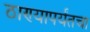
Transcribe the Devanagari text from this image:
ठाण्यापर्यंतचा